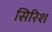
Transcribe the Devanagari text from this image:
सिरिश